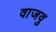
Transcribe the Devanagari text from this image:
वाजवु